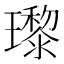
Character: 瓈